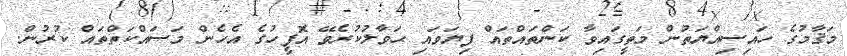
މަޤާމުގެ ހައިސިއްޔަތުން މަތީގައިވާ ކަންތައްތައް ފިޔަވައި ޙަވާލުކުރެވޭ އޮފީހުގެ އެހެން މަސައްކަތްތައް ކުރުން.